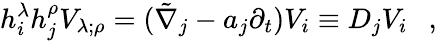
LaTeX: h_{i}^{\lambda}h_{j}^{\rho}V_{\lambda;\rho}=(\tilde{\nabla}_{j}-a_{j}\partial_{t})V_{i}\equiv D_{j}V_{i}~~~,